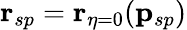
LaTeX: \mathbf{r}_{sp}=\mathbf{r}_{\eta=0}(\mathbf{p}_{sp})